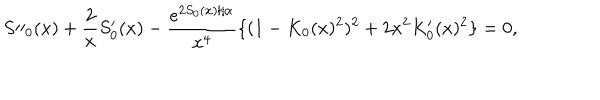
S \prime \prime _ { 0 } ( x ) + \frac { 2 } { x } S _ { 0 } ^ { \prime } ( x ) - \frac { e ^ { 2 S _ { 0 } ( x ) / \alpha } } { x ^ { 4 } } \{ ( 1 - K _ { 0 } ( x ) ^ { 2 } ) ^ { 2 } + 2 x ^ { 2 } K _ { 0 } ^ { \prime } ( x ) ^ { 2 } \} = 0 ,